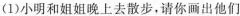
7.小明(1)小明和姐姐晚上去散步，请你画出他们